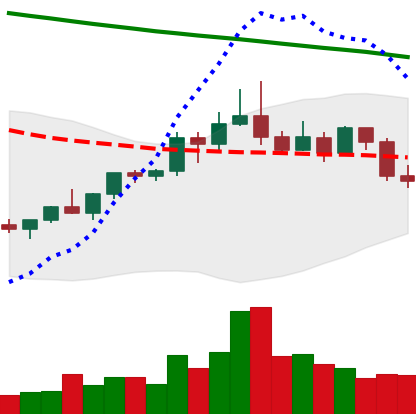
Ticker: ETC-USD
Chart end date: 2022-02-18
Forward return: -8.542%
Label: down_7plus